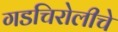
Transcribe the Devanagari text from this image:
गडचिरोलीचे